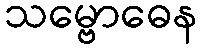
သမ္ဗောဓေန